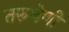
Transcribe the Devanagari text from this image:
तरुश्रेणी